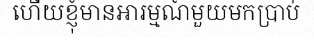
ហើយខ្ញុំមានអារម្មណ៍មួយមកប្រាប់